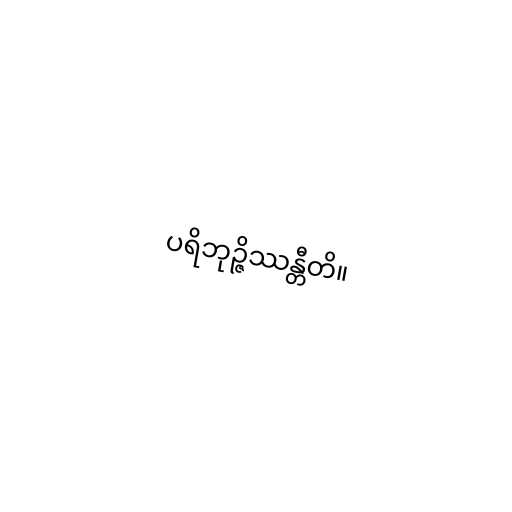
ပရိဘုဉ္ဇိဿန္တီတိ။